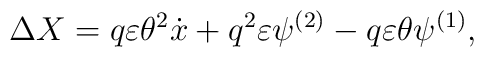
\Delta X = q \varepsilon \theta^2 \dot x + q^2 \varepsilon \psi^{(2)} - q\varepsilon \theta \psi^{(1)},